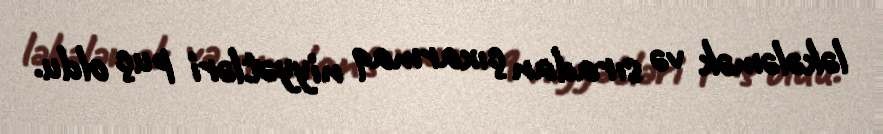
ləkələmək və sıradan çıxarmaq niyyətləri puç oldu.